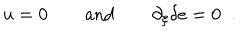
u = 0 \qquad \mathrm { a n d } \qquad \partial _ { \xi } \delta e = 0 \; \; .